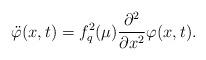
LaTeX: \begin{align*}\ddot \varphi (x,t)=f_{q}^{2}(\mu )\frac {\partial ^{2}}{\partial x^{2}}\varphi (x,t).\end{align*}